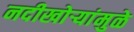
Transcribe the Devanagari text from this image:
नदीखोर्‍यांमुळे